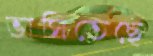
ভাসিতেছে